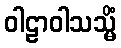
ဝါဠာဝါသသ္မိံ